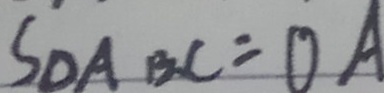
S _ { \Delta A B C } = O A